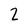
Character: 2